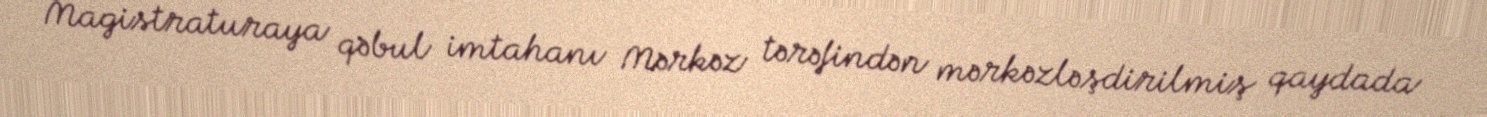
Magistraturaya qəbul imtahanı Mərkəz tərəfindən mərkəzləşdirilmiş qaydada